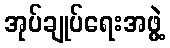
အုပ်ချုပ်ရေးအဖွဲ့